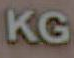
KG